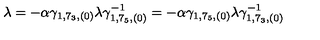
\lambda = - \alpha \gamma _ { 1 , 7 _ { 3 } , ( 0 ) } \lambda \gamma _ { 1 , 7 _ { 5 } , ( 0 ) } ^ { - 1 } = - \alpha \gamma _ { 1 , 7 _ { 5 } , ( 0 ) } \lambda \gamma _ { 1 , 7 _ { 3 } , ( 0 ) } ^ { - 1 }